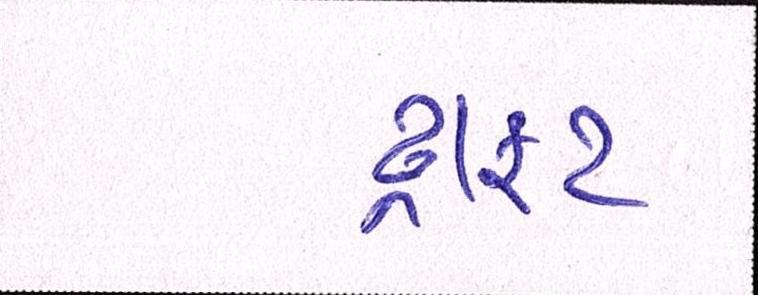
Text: ડ્રાફટ